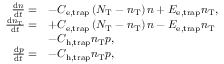
\begin{array} { r l } { \frac { \mathrm { d } n } { \mathrm { d } t } = } & { - C _ { \mathrm { e , t r a p } } \left( N _ { \mathrm { T } } - n _ { \mathrm { T } } \right) n + E _ { \mathrm { e , t r a p } } n _ { \mathrm { T } } , } \\ { \frac { \mathrm { d } n _ { \mathrm { T } } } { \mathrm { d } t } = } & { + C _ { \mathrm { e , t r a p } } \left( N _ { \mathrm { T } } - n _ { \mathrm { T } } \right) n - E _ { \mathrm { e , t r a p } } n _ { \mathrm { T } } } \\ & { - C _ { \mathrm { h , t r a p } } n _ { \mathrm { T } } p , } \\ { \frac { \mathrm { d } p } { \mathrm { d } t } = } & { - C _ { \mathrm { h , t r a p } } n _ { \mathrm { T } } p , } \end{array}